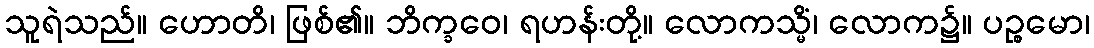
သူရဲသည်။ ဟောတိ၊ ဖြစ်၏။ ဘိက္ခဝေ၊ ရဟန်းတို့။ လောကသ္မိံ၊ လောက၌။ ပဉ္စမော၊